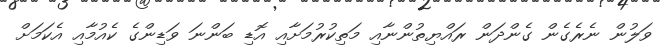
ވަލުން ނެރެގެން ގެންދަން ރައްޔިތުންނާއި މަތިކުރުމަށާއި އޮޑި ބަންނަ ވަޑިންގެ ކެއުމާއި އެކަމަށް